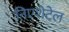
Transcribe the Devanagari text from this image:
निएशेटेल